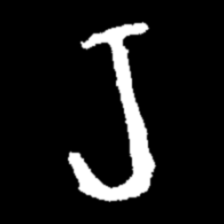
Pyu character \u2014 Myanmar letter: ရ (romanized: ra)